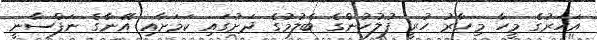
އަހަރުގެ މީހާ މިހާރު ހުރީ ފުލުހުންގެ ބެލުމުގެ ދަށުގައި ކަމަށާއި އޭނާގެ ނަފްސާނީ